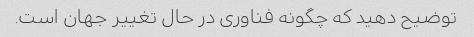
توضیح دهید که چگونه فناوری در حال تغییر جهان است.